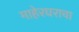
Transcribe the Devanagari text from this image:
माहेरघराचा